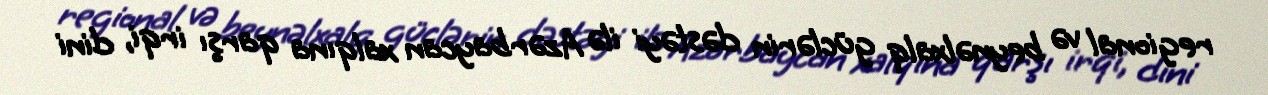
regional və beynəlxalq güclərin dəstəyi ilə Azərbaycan xalqına qarşı irqi, dini